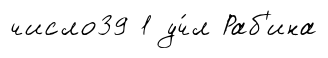
число39 1 уч́л Раб'ина